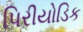
પિરીયોડિક